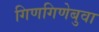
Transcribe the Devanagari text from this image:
गिणगिणेबुवा